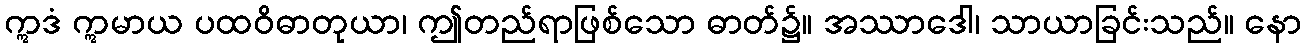
ဣဒံ ဣမာယ ပထဝိဓာတုယာ၊ ဤတည်ရာဖြစ်သော ဓာတ်၌။ အဿာဒေါ၊ သာယာခြင်းသည်။ နော